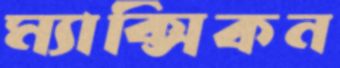
ম্যাক্সিকন